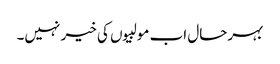
بہرحال اب مولبیوں کی خیر نہیں۔